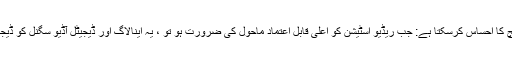
5 یہ ڈبل آڈیو سگنل ان پٹ کے خودکار سوئچ کا احساس کرسکتا ہے: جب ریڈیو اسٹیشن کو اعلی قابل اعتماد ماحول کی ضرورت ہو تو ، یہ اینالاگ اور ڈیجیٹل آڈیو سگنل کو ڈیجیٹل ایف ایم ٹرانسمیٹر میں داخل کرسکتا ہے۔